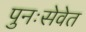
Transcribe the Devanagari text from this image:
पुनःसेवेत